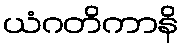
ယံဂတိကာနိ